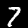
Digit: 7